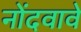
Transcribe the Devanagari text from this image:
नोंदवावे